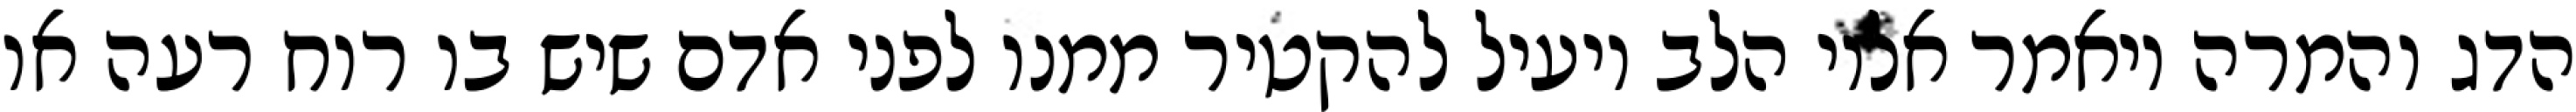
הדג והמרה ויאמר אליו הלב יועיל להקטיר ממנו לפני אדם שיש בו רוח רעה או